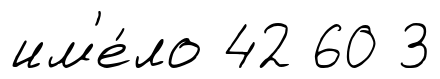
им'е́ло 42 60 3